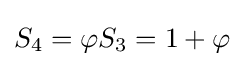
S_{4}=\varphi S_{3}=1+\varphi